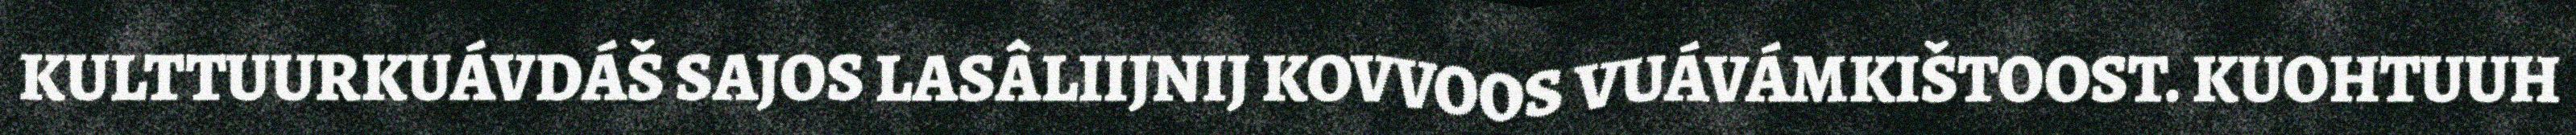
KULTTUURKUÁVDÁŠ SAJOS LASÂLIIJNIJ KOVVOOS VUÁVÁMKIŠTOOST. KUOHTUUH